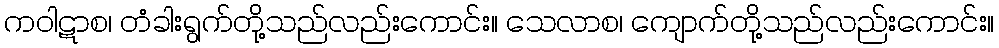
ကဝါဋာစ၊ တံခါးရွက်တို့သည်လည်းကောင်း။ သေလာစ၊ ကျောက်တို့သည်လည်းကောင်း။